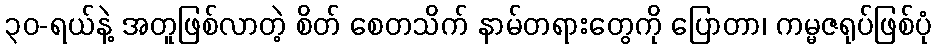
၃၀-ရယ်နဲ့ အတူဖြစ်လာတဲ့ စိတ် စေတသိက် နာမ်တရားတွေကို ပြောတာ၊ ကမ္မဇရုပ်ဖြစ်ပုံ